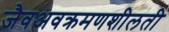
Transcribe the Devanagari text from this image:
जैवअवक्रमणशीलती